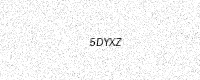
Text: 5DYXZ